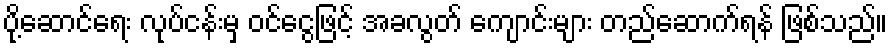
ပို့ဆောင်ရေး လုပ်ငန်းမှ ဝင်ငွေဖြင့် အခလွတ် ကျောင်းများ တည်ဆောက်ရန် ဖြစ်သည်။